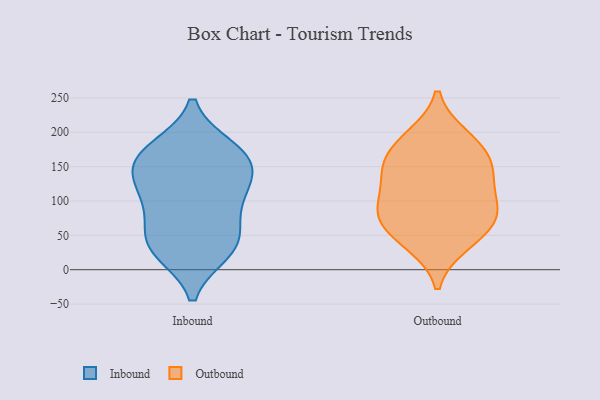
{"axis": {"x": "Market Share (%)", "y": "Value"}, "legend": ["Inbound", "Outbound"], "data": [{"x": "", "y": 144, "type": "Inbound"}, {"x": "", "y": 96, "type": "Inbound"}, {"x": "", "y": 175, "type": "Inbound"}, {"x": "", "y": 66, "type": "Inbound"}, {"x": "", "y": 46, "type": "Inbound"}, {"x": "", "y": 31, "type": "Inbound"}, {"x": "", "y": 124, "type": "Inbound"}, {"x": "", "y": 177, "type": "Inbound"}, {"x": "", "y": 102, "type": "Inbound"}, {"x": "", "y": 26, "type": "Inbound"}, {"x": "", "y": 161, "type": "Inbound"}, {"x": "", "y": 31, "type": "Inbound"}, {"x": "", "y": 132, "type": "Inbound"}, {"x": "", "y": 164, "type": "Inbound"}, {"x": "", "y": 146, "type": "Outbound"}, {"x": "", "y": 74, "type": "Outbound"}, {"x": "", "y": 122, "type": "Outbound"}, {"x": "", "y": 170, "type": "Outbound"}, {"x": "", "y": 37, "type": "Outbound"}, {"x": "", "y": 42, "type": "Outbound"}, {"x": "", "y": 84, "type": "Outbound"}, {"x": "", "y": 97, "type": "Outbound"}, {"x": "", "y": 150, "type": "Outbound"}, {"x": "", "y": 190, "type": "Outbound"}, {"x": "", "y": 86, "type": "Outbound"}, {"x": "", "y": 144, "type": "Outbound"}, {"x": "", "y": 68, "type": "Outbound"}, {"x": "", "y": 194, "type": "Outbound"}]}